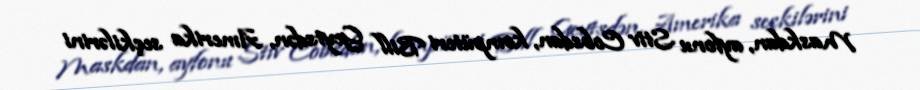
Maskdan, ayfonu Stiv Cobsdan, kompüteri Bill Geytsdən, Amerika seçkilərini